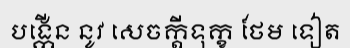
បង្កើន នូវ សេចក្តីទុក្ខ ថែម ទៀត